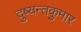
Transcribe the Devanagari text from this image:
दुष्यन्तकुमार